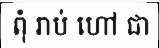
ពុំ រាប់ ហៅ ជា